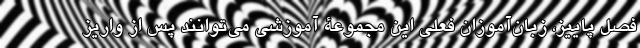
فصل پاییز، زبان‌آموزان فعلی این مجموعۀ آموزشی می‌توانند پس از واریز